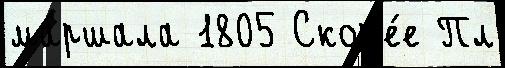
ма́ршала 1805 Скор'е́е Пл